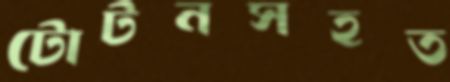
টোটনসহত